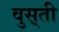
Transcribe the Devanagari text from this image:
वुस़्ती